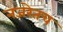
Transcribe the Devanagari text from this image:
नजरेतच